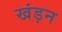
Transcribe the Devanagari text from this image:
खंड़न